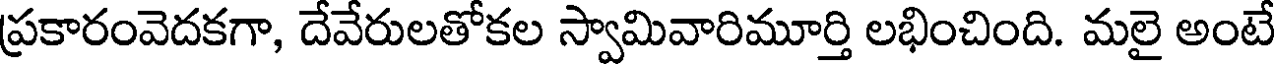
ప్రకారంవెదకగా, దేవేరులతోకల స్వామివారిమూర్తి లభించింది. మలై అంటే